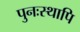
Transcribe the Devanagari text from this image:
पुनःस्थापि